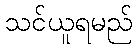
သင်ယူရမည်